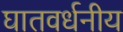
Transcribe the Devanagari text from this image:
घातवर्धनीय